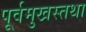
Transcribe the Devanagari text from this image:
पूर्वमुखस्तथा